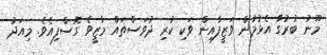
މޫނު ބުރުގާ އެޅުމުން ވަޒީފާއިން ވަކި ކުރި ދުވަސްތައް މާޒީވެ ގޮސްފިއެވެ. މިއަދު